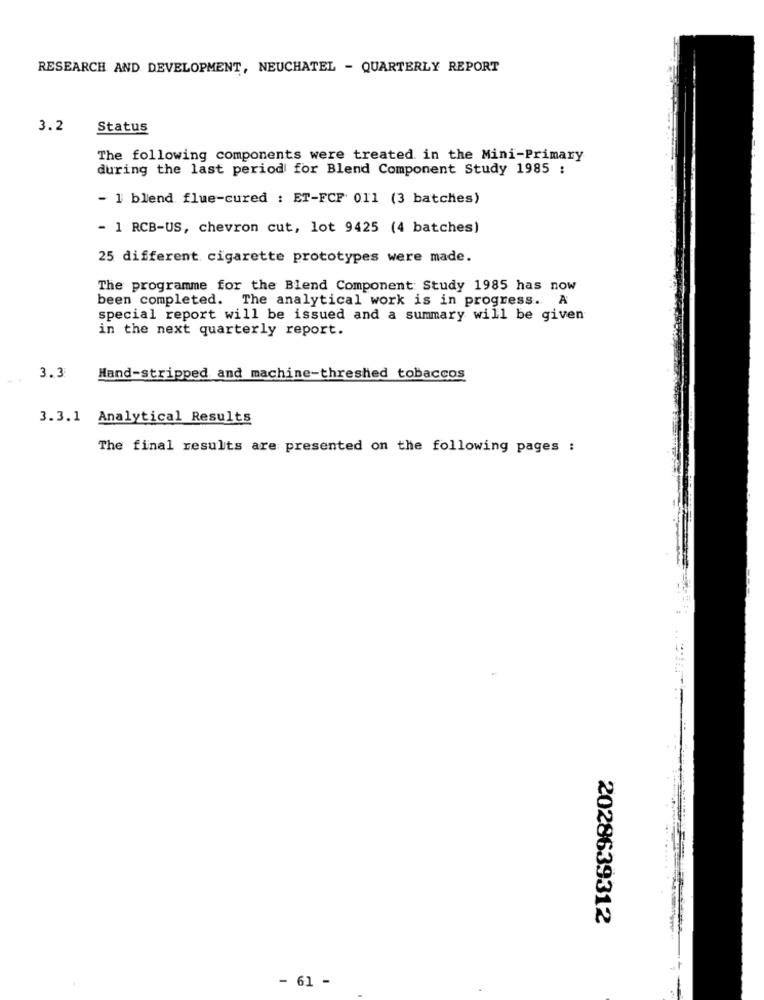
RESEARCH AND DEVELOPMENT, NEUCHATEL - QUARTERLY REPORT
3.2
Status
The following components were treated in the Mini-Primary
during the last period for Blend Component Study 1985 :
- 1 blend flue-cured : ET-FCF 011 (3 batches)
- 1 RCB-US, chevron cut, lot 9425 (4 batches)
25 different cigarette prototypes were made.
The programme for the Blend Component Study 1985 has now
been completed. The analytical work is in progress. A
special report will be issued and a summary will be given
in the next quarterly report.
3.3
Hand-stripped and machine-threshed tobaccos
3.3.1 Analytical Results
The final results are presented on the following pages :
2028639312
- 61 -